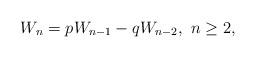
LaTeX: \begin{align*}W_{n}=pW_{n-1}-qW_{n-2},\ n\geq 2, \end{align*}